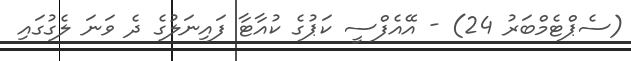
(ސެޕްޓެމްބަރު 24) - އޭއެފްސީ ކަޕުގެ ކުއާޓާ ފައިނަލުގެ ދެ ވަނަ ލެގުގައި